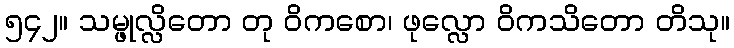
၅၄၂။ သမ္ဖုလ္လိတော တု ဝိကစော၊ ဖုလ္လော ဝိကသိတော တိသု။